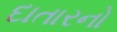
દાતારનો